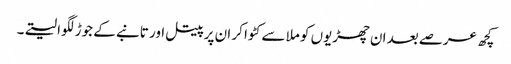
کچھ عرصے بعد ان چھڑیوں کو ملا سے کٹوا کر ان پر پیتل اور تانبے کے جوڑ لگوا لیتے۔